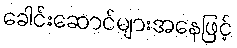
ခေါင်းဆောင်များအနေဖြင့်